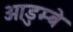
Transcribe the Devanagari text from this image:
ओडुम्बे